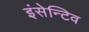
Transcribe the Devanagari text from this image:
इंसेन्टिव